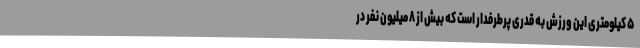
۵ کیلومتری این ورزش به قدری پرطرفدار است که بیش از ۸ میلیون نفر در